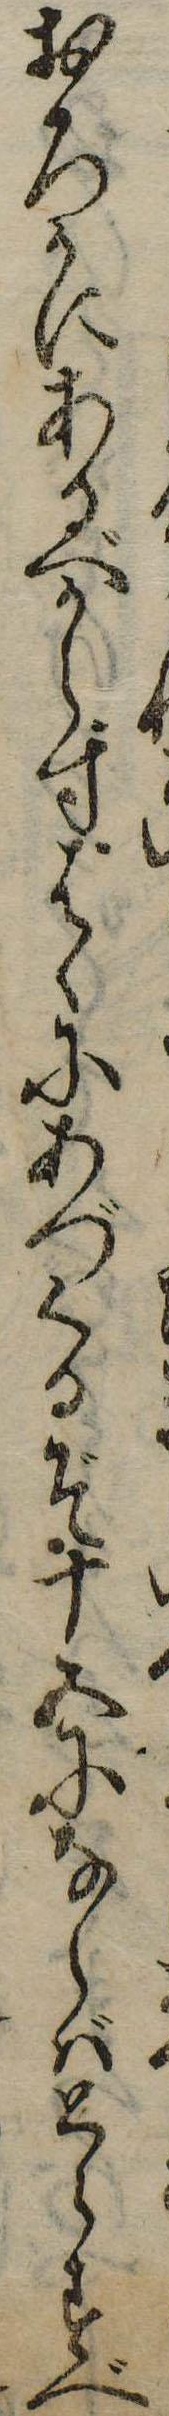
おろかにあるべからずはゝにあづくるぞ十五にならばとらすべ